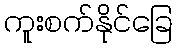
ကူးစက်နိုင်ခြေ